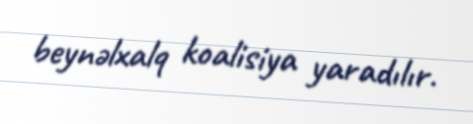
beynəlxalq koalisiya yaradılır.